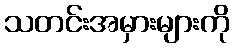
သတင်းအမှားများကို